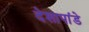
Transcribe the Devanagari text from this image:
देशापांडे